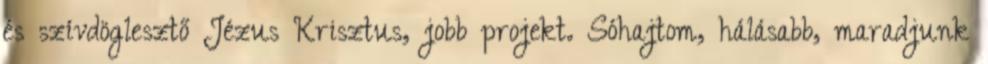
és szívdöglesztő Jézus Krisztus, jobb projekt. Sóhajtom, hálásabb, maradjunk